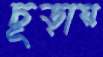
চূড়ায়